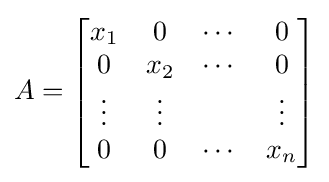
A={\begin{bmatrix}x_{1}&0&\cdots &0\\0&x_{2}&\cdots &0\\\vdots &\vdots &&\vdots \\0&0&\cdots &x_{n}\end{bmatrix}}